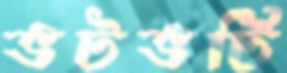
ভটভটি